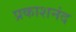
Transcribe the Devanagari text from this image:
प्रकाशनंद